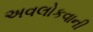
અવલોકવાની